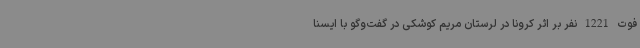
فوت 1221 نفر بر اثر کرونا در لرستان مریم کوشکی در گفت‌وگو با ایسنا